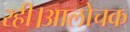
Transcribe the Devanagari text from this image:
रही।आलोचक